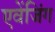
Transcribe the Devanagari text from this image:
एवेंजिंग